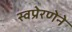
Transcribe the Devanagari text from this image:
स्वप्रेरणेने